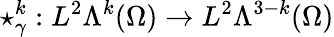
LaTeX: \star_{\gamma}^{k}:L^{2}\Lambda^{k}(\Omega)\rightarrow L^{2}\Lambda^{3-k}(\Omega)